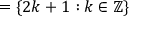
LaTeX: = \{ 2 k + 1 : k \in \mathbb { Z } \}